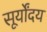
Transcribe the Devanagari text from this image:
सूर्योंदय